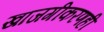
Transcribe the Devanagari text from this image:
खाजगीकरणही